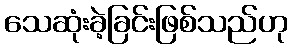
သေဆုံးခဲ့ခြင်းဖြစ်သည်ဟု